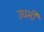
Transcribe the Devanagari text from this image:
उधमी